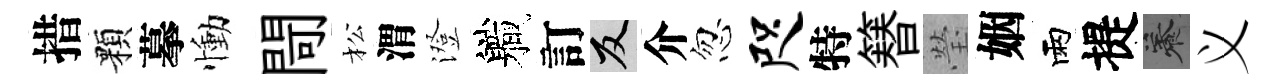
措顆摹慟閜松渭澄軄訂反介忽咫特簮瑩姻雨提養义